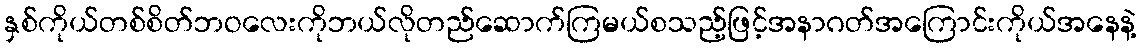
နှစ်ကိုယ်တစ်စိတ်ဘဝလေးကိုဘယ်လိုတည်ဆောက်ကြမယ်စသည့်ဖြင့်အနာဂတ်အကြောင်းကိုယ်အနေနဲ့